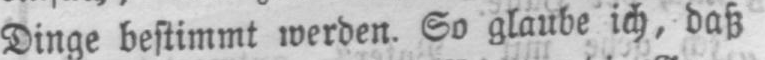
Dinge bestimmt werden. So glaube ich, daß